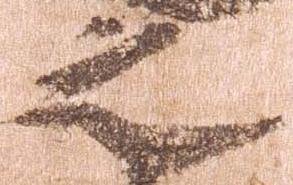
之